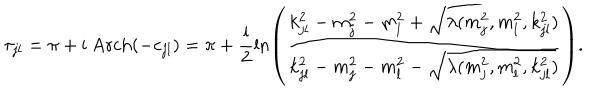
\tau _ { j l } = \pi + \mathrm { i } \; \mathrm { A r c h } ( - c _ { j l } ) = \pi + \frac { \mathrm { i } } { 2 } \ln \left( \frac { k _ { j l } ^ { 2 } - m _ { j } ^ { 2 } - m _ { l } ^ { 2 } + \sqrt { \lambda ( m _ { j } ^ { 2 } , m _ { l } ^ { 2 } , k _ { j l } ^ { 2 } ) } } { k _ { j l } ^ { 2 } - m _ { j } ^ { 2 } - m _ { l } ^ { 2 } - \sqrt { \lambda ( m _ { j } ^ { 2 } , m _ { l } ^ { 2 } , k _ { j l } ^ { 2 } ) } } \right) .